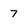
Character: 7